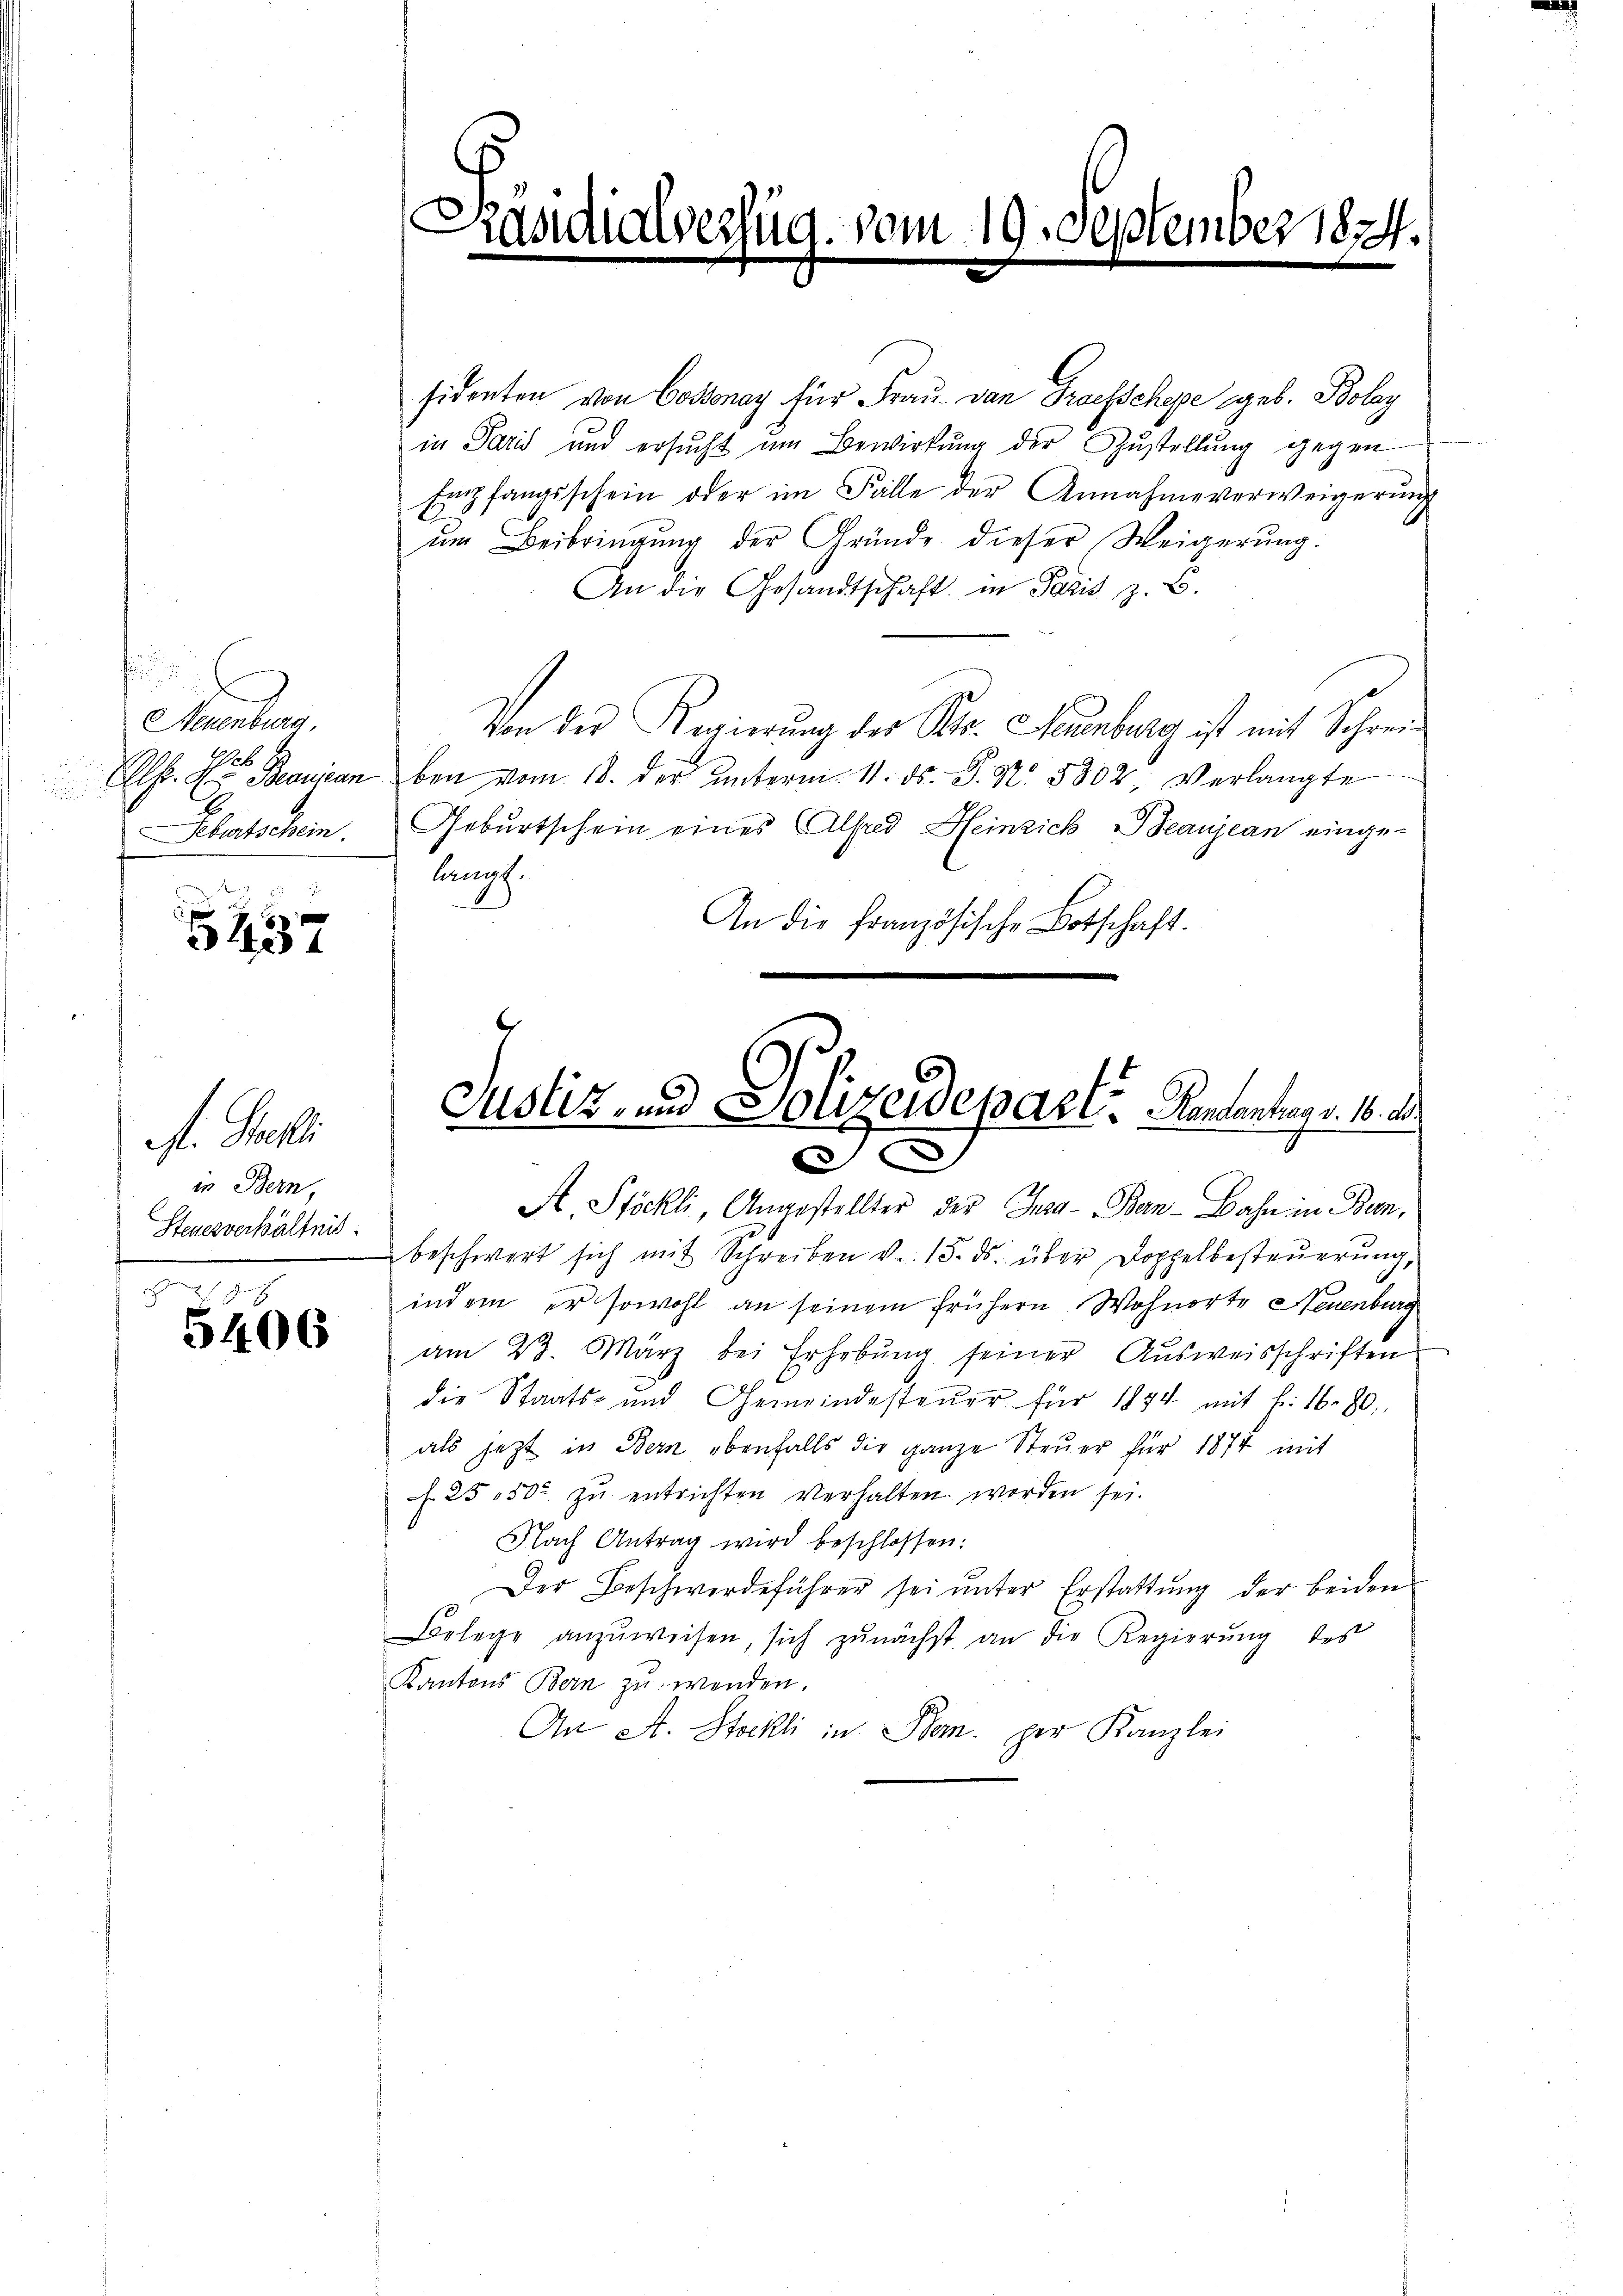
¬
Neuenburg.
ab

d
Gletschein

5437

A. Stelli
in Bern,
Steuerverhältnis.

5406

sidenten von Cossonay für Frau von Froesschepe geb. Bolay
in Paris und ersŭcht um Bewirkŭng der Zŭstellŭng gegen
Empfangsschein oder im Falle der Annahme verweigerŭng
ŭm Beibringŭng der Gründe dieser Weigerŭng.
An die Gesandtschaft in Paris z. B.
Von der Regierung des Kts. Neuenburg ist mit Schrei¬
Elf. Dr. Bonican bei vom 18. der unterm 11. ds. P. Nr. 5802, Verlangte
Geburtschein eines Alfred Heinrich Beaujean einge-
langt.
An die französische Botschaft.

Spi
.

Aeszug. vom 19. September 1874.

Justiz- und Polizeidepart. Rententrag v. 16. ds.
s

A. Stöckli, Angestellter der Jusa-Ban-Bahn in Bern,
beschwert sich mit Schreiben v. 15. ds. über Doppelbesteŭerŭng,
indem er sowohl an seinem frühern Wohnorte Neuenburg
am 23. März bei Erhebŭng seiner Aŭsweisschriften
die Staats- und Gemeindesteŭer für 1844 mit f. 16. 80.
als jetzt in Bern ebenfalls die ganze Steŭer für 1874 mit
f. 2550. zŭ entrichten verhalten worden sei.
Nach Antrag wird beschlossen:
Der Beschwerdeführer sei ŭnter Erstattung der beiden
Belege anzŭweisen, sich zŭnächst an die Regierŭng des
Kantons Bern zu werden.
An St. Stockli in Bem per Kanzlei